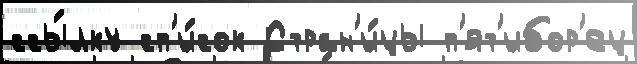
ссы́лку сп'и́сок Стран'и́цы п'ят'ибор'ец